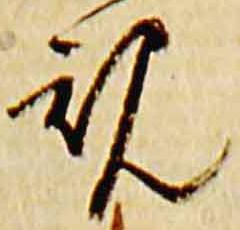
規